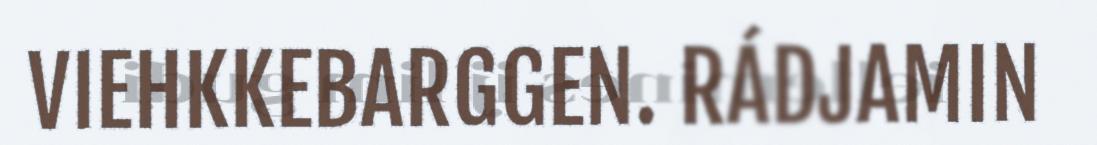
VIEHKKEBARGGEN. RÁDJAMIN